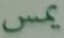
يمس